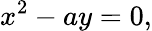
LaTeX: x^{2}-ay=0,